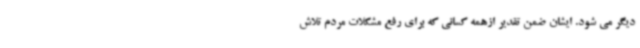
دیگر می شود. ایشان ضمن تقدیر ازهمه کسانی که برای رفع مشکلات مردم تلاش